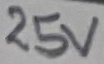
Text: 25V